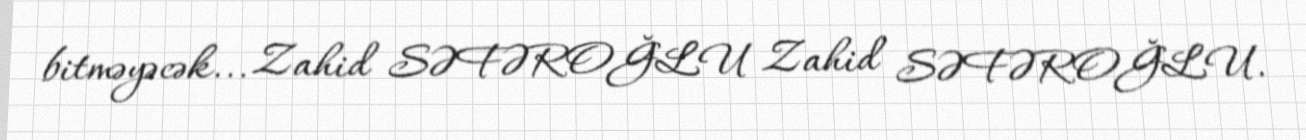
bitməyəcək... Zahid SƏFƏROĞLU Zahid SƏFƏROĞLU.